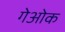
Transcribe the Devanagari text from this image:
गेओक